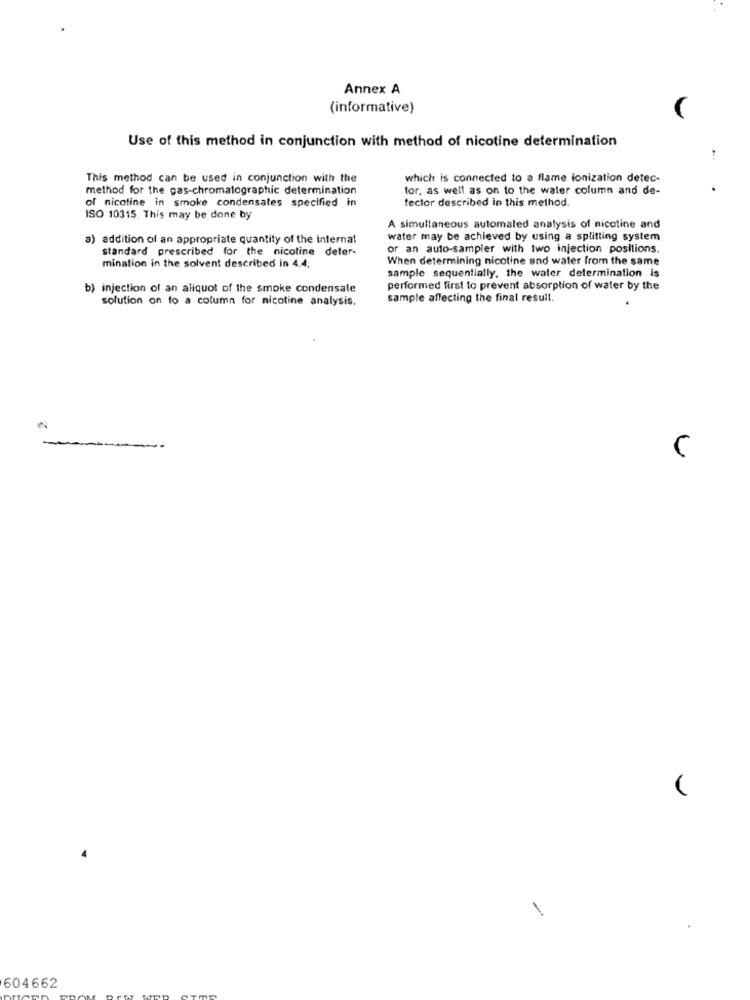
Annex A
(informative)
Use of this method in conjunction with method of nicotine determination
This method can be used in conjunction with the
which is connected to a flame ionization detec-
method for the gas-chromatographic determination
for, as well as on to the water column and de-
of nicotine in smoke condensales specified in
teclor described in this method.
ISO 10315. This may be done by
A simultaneous automated analysis of nicotine and
a) addition of an appropriate quantity of the internal
water may be achieved by using a splitting system
standard prescribed for the nicotine deter-
or an auto-sampler with two injection positions.
When determining nicotine and water from the same
mination in the solvent described in 4.4;
sample sequentially, the water determination is
b) injection of an aliquot of the smoke condensale
performed first to prevent absorption of water by the
solution on to a column for nicotine analysis.
sample affecting the final result.
(
-
604662